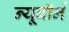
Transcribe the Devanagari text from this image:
न्यूबॉर्न